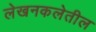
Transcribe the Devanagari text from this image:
लेखनकलेतील